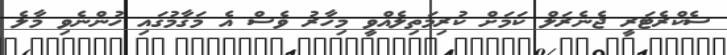
ސެކްރެޓަރީ ޖެނެރަލް ކަމަށް ކުރިމަތިލެއްވީ މިހާރު ވެސް އެ މަގާމުގައި ހުންނެވި މާލެ